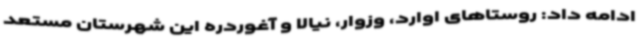
ادامه داد: روستاهای اوارد، وزوار، نیالا و آغوردره این شهرستان مستعد